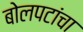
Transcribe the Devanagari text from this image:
बोलपटांचा